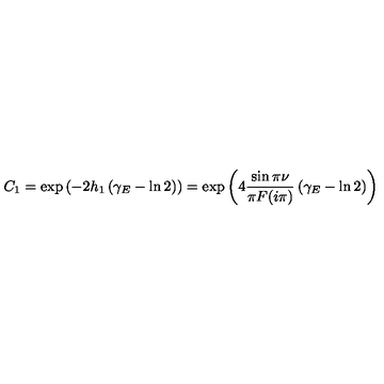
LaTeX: C _ { 1 } = \exp \left( - 2 h _ { 1 } \left( \gamma _ { E } - \ln 2 \right) \right) = \exp \left( 4 \frac { \sin \pi \nu } { \pi F ( i \pi ) } \left( \gamma _ { E } - \ln 2 \right) \right)